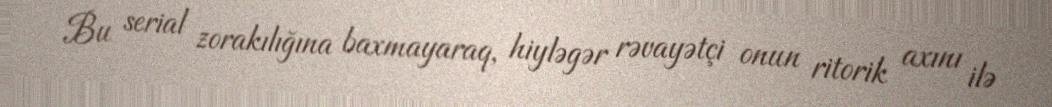
Bu serial zorakılığına baxmayaraq, hiyləgər rəvayətçi onun ritorik axını ilə